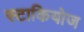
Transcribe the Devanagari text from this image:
स्टाकियोज